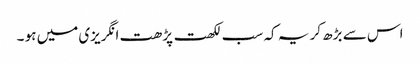
اس سے بڑھ کر یہ کہ سب لکھت پڑھت انگریزی میں ہو ۔